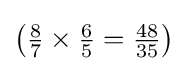
\left({\tfrac {8}{7}}\times {\tfrac {6}{5}}={\tfrac {48}{35}}\right)